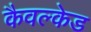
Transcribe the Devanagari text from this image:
कैवल्केड